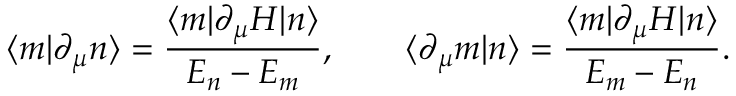
\langle m | \partial _ { \mu } n \rangle = { \frac { \langle m | \partial _ { \mu } H | n \rangle } { E _ { n } - E _ { m } } } , \qquad \langle \partial _ { \mu } m | n \rangle = { \frac { \langle m | \partial _ { \mu } H | n \rangle } { E _ { m } - E _ { n } } } .